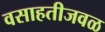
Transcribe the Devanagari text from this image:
वसाहतीजवळ